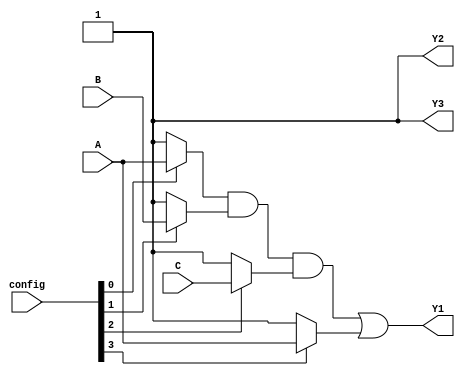
module FusedPAL (
    input wire A,       // Input A
    input wire B,       // Input B
    input wire C,       // Input C
    input wire [3:0] config, // Configuration for programmable AND gates
    output wire Y1,     // Output Y1
    output wire Y2,     // Output Y2
    output wire Y3      // Output Y3
);

// Programmable AND gates
wire and_out0, and_out1, and_out2, and_out3;

// AND gate configurations
assign and_out0 = (config[0] ? A : 1'b1) & (config[1] ? B : 1'b1) & (config[2] ? C : 1'b1);
assign and_out1 = (config[3] ? A : 1'b1) & (config[4] ? B : 1'b1) & (config[5] ? C : 1'b1);
assign and_out2 = (config[6] ? A : 1'b1) & (config[7] ? B : 1'b1) & (config[8] ? C : 1'b1);
assign and_out3 = (config[9] ? A : 1'b1) & (config[10] ? B : 1'b1) & (config[11] ? C : 1'b1);

// Fixed OR gates
assign Y1 = and_out0 | and_out1; // Output Y1 combines outputs from AND gates
assign Y2 = and_out1 | and_out2; // Output Y2 combines outputs from AND gates
assign Y3 = and_out2 | and_out3; // Output Y3 combines outputs from AND gates

endmodule